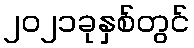
၂၀၂၁ခုနှစ်တွင်